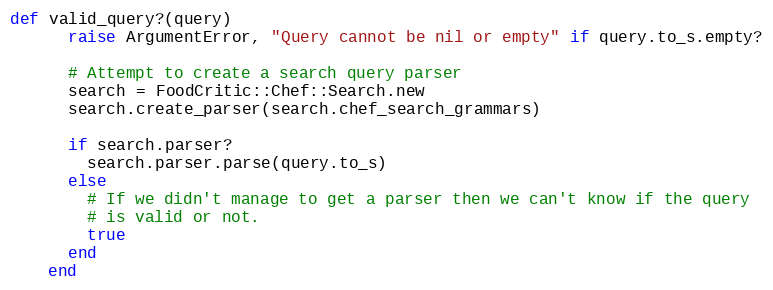
Language: Ruby
def valid_query?(query)
      raise ArgumentError, "Query cannot be nil or empty" if query.to_s.empty?

      # Attempt to create a search query parser
      search = FoodCritic::Chef::Search.new
      search.create_parser(search.chef_search_grammars)

      if search.parser?
        search.parser.parse(query.to_s)
      else
        # If we didn't manage to get a parser then we can't know if the query
        # is valid or not.
        true
      end
    end